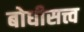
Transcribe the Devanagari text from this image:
बोधीसत्त्व